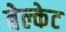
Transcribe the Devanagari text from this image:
बेल्केट